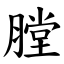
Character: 膛